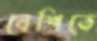
বেশিতে